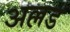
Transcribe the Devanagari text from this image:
अल्लड